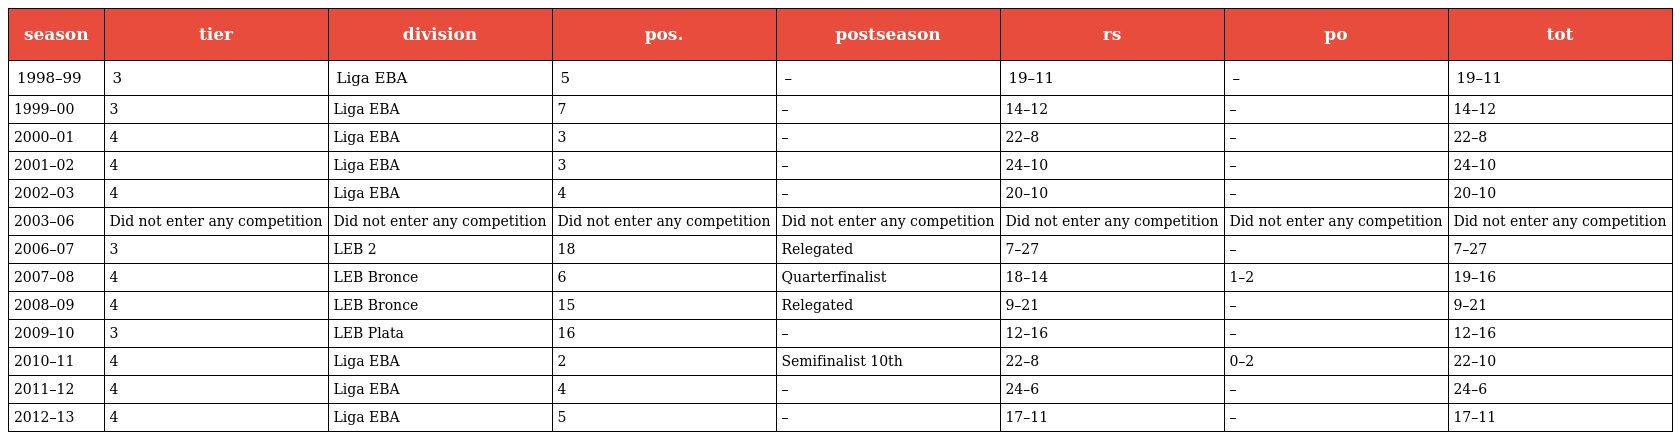
| season | tier | division | pos. | postseason | rs | po | tot |
 | --- | --- | --- | --- | --- | --- | --- | --- |
 | 1998–99 | 3 | Liga EBA | 5 | – | 19–11 | – | 19–11 |
 | 1999–00 | 3 | Liga EBA | 7 | – | 14–12 | – | 14–12 |
 | 2000–01 | 4 | Liga EBA | 3 | – | 22–8 | – | 22–8 |
 | 2001–02 | 4 | Liga EBA | 3 | – | 24–10 | – | 24–10 |
 | 2002–03 | 4 | Liga EBA | 4 | – | 20–10 | – | 20–10 |
 | 2003–06 | Did not enter any competition | Did not enter any competition | Did not enter any competition | Did not enter any competition | Did not enter any competition | Did not enter any competition | Did not enter any competition |
 | 2006–07 | 3 | LEB 2 | 18 | Relegated | 7–27 | – | 7–27 |
 | 2007–08 | 4 | LEB Bronce | 6 | Quarterfinalist | 18–14 | 1–2 | 19–16 |
 | 2008–09 | 4 | LEB Bronce | 15 | Relegated | 9–21 | – | 9–21 |
 | 2009–10 | 3 | LEB Plata | 16 | – | 12–16 | – | 12–16 |
 | 2010–11 | 4 | Liga EBA | 2 | Semifinalist 10th | 22–8 | 0–2 | 22–10 |
 | 2011–12 | 4 | Liga EBA | 4 | – | 24–6 | – | 24–6 |
 | 2012–13 | 4 | Liga EBA | 5 | – | 17–11 | – | 17–11 |